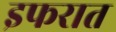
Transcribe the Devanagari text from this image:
इफरात